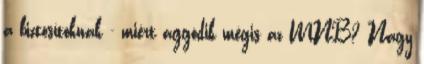
a biztosítóknak - miért aggódik mégis az MNB? Nagy